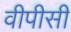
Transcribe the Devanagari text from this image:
वीपीसी